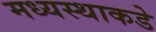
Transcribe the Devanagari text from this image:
मध्यस्थाकडे